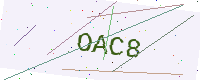
Text: OAC8